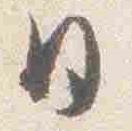
日